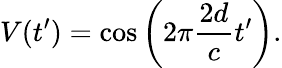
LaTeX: V(t^{\prime})=\cos\left(2\pi\frac{2d}{c}t^{\prime}\right).